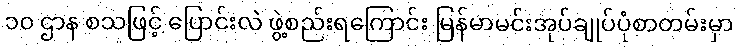
၁၀ ဌာန စသဖြင့် ပြောင်းလဲ ဖွဲ့စည်းရကြောင်း မြန်မာမင်းအုပ်ချုပ်ပုံစာတမ်းမှာ